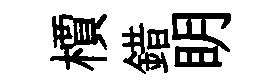
檟錯眀